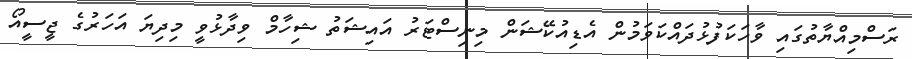
ރަސްމިއްޔާތުގައި ވާހަކަފުޅުދައްކަވަމުން އެޑިއުކޭޝަން މިނިސްޓަރު އައިޝަތު ޝިހާމް ވިދާޅުވީ މިދިޔަ އަހަރުގެ ޖީސީއޯ